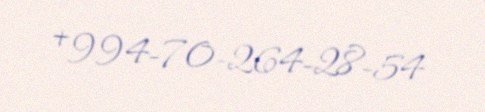
+994-70-264-28-54